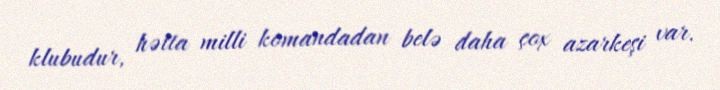
klubudur, hətta milli komandadan belə daha çox azarkeşi var.